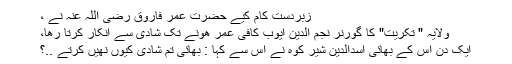
زبردست کام کیے حضرت عمر فاروق رضی اللہ عنہ نے ،
ولایہ " تکریت" کا گورنر نجم الدین ایوب کافی عمر ھونے تک شادی سے انکار کرتا رھا،
ایک دن اس کے بھائی اسدالدین شیر کوہ نے اس سے کہا : بھائی تم شادی کیوں نھیں کرتے ..؟